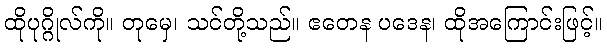
ထိုပုဂ္ဂိုလ်ကို။ တုမှေ၊ သင်တို့သည်။ ဧတေန ပဒေန၊ ထိုအကြောင်းဖြင့်။